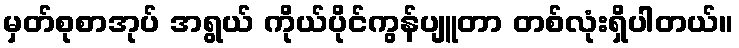
မှတ်စုစာအုပ် အရွယ် ကိုယ်ပိုင်ကွန်ပျူတာ တစ်လုံးရှိပါတယ်။